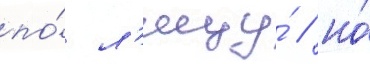
по́ л'ицу́ / но́